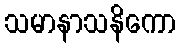
သမာနာသနိကော